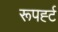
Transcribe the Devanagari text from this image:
रूपर्ह्ट